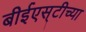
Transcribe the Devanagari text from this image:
बीईएस्‌टीच्या